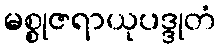
မစ္စုဇရာယုပဒ္ဒုတံ